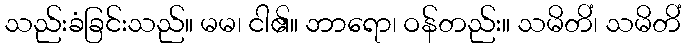
သည်းခံခြင်းသည်။ မမ၊ ငါ၏။ ဘာရော၊ ဝန်တည်း။ သမိတိံ၊ သမိတိံ